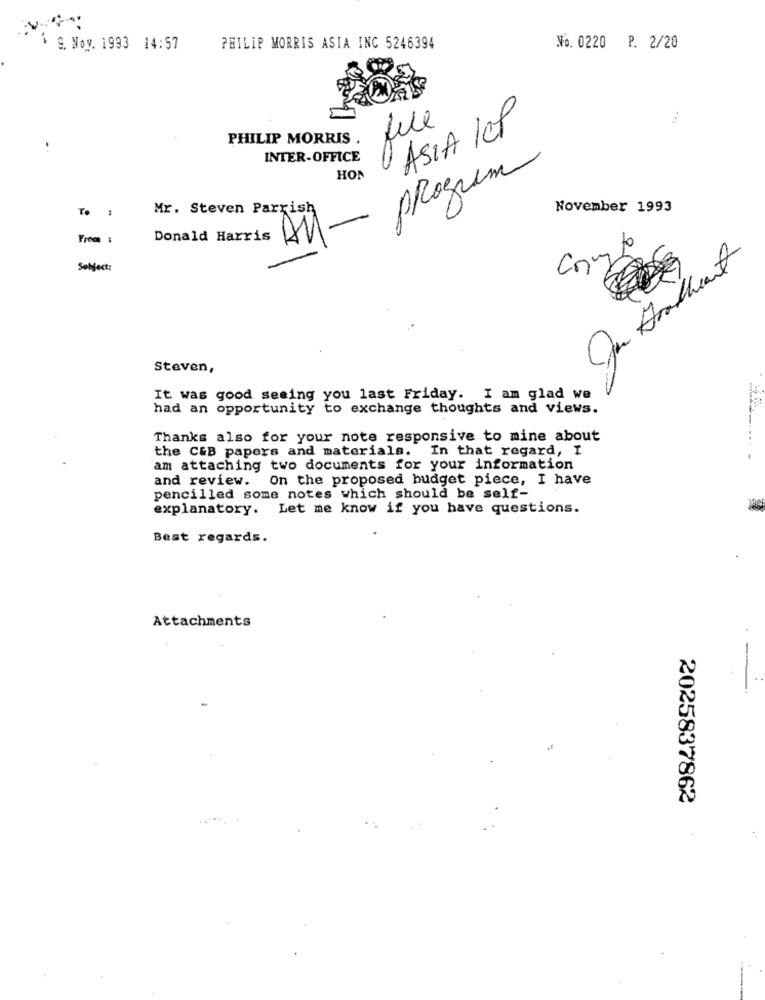
9. Nov. 1993 14:57
PHILIP MORRIS ASIA INC 5246394
No. 0220 P. 2/20
ASIA leP
PHILIP MORRIS .
INTER-OFFICE
program
HON
To
Mr. Steven Parrish
November 1993
From :
Donald Harris
to
Ju Dratheart
Sobject
Steven,
It was good seeing you last Friday. I am glad we
had an opportunity to exchange thoughts and views.
Thanks also for your note responsive to mine about
the C&B papers and materials. In that regard, I
am attaching two documents for your information
and review. On the proposed budget piece, I have
pencilled some notes which should be self-
explanatory. Let me know if you have questions.
Best regards.
Attachments
2025837862